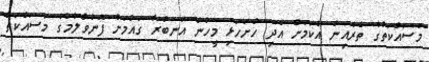
މަސައްކަތުގެ ތެރެއިން އެކަމަށް އެދި ހުށަހަޅި މީހުން އަނބުރާ ގައުމަށް ފޮނުވާލުމުގެ މަސައްކަތް